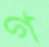
গ